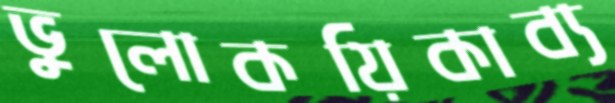
ভুলোকয়িকাব্য